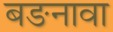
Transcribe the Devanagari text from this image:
बङनावा